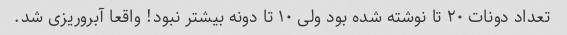
تعداد دونات ۲۰ تا نوشته شده بود ولی ۱۰ تا دونه بیشتر نبود! واقعا آبروریزی شد.